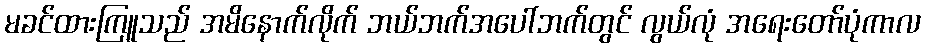
မခင်ထားကြူသည် အမိနောက်လိုက် ဘယ်ဘက်အပေါ်ဘက်တွင် လွယ်လုံ အရေးတော်ပုံကာလ